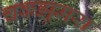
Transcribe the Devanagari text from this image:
चकझूमरा